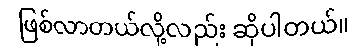
ဖြစ်လာတယ်လို့လည်း ဆိုပါတယ်။